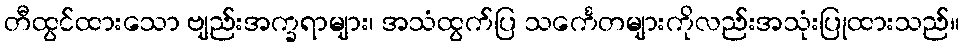
တီထွင်ထားသော ဗျည်းအက္ခရာများ၊ အသံထွက်ပြ သင်္ကေတများကိုလည်းအသုံးပြုထားသည်။